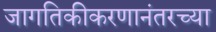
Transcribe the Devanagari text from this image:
जागतिकीकरणानंतरच्या